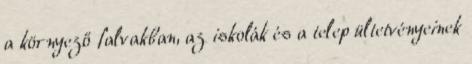
a környező falvakban, az iskolák és a telep ültetvényeinek